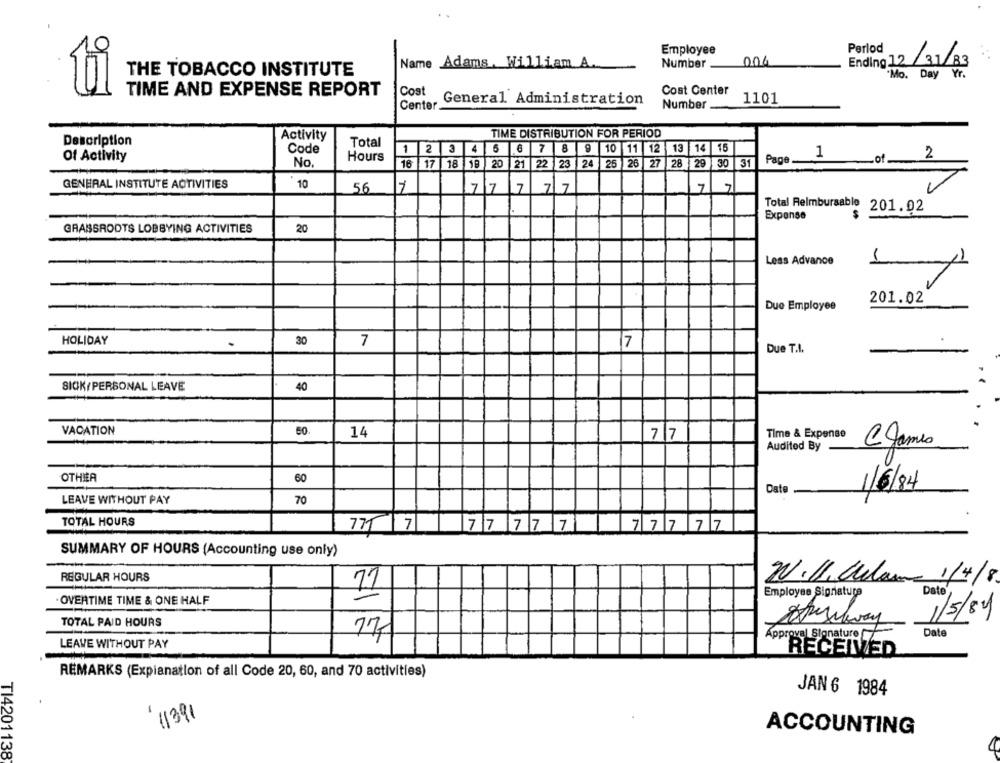
Employee
Perlod
004
Ending 12 /31/83
Name Adams, William A.
Number
THE TOBACCO INSTITUTE
Mo. Day Yr.
95
Cost
Cost Center
TIME AND EXPENSE REPORT
General Administration
1101
Center.
Number
Activity
TIME DISTRIBUTION FOR PERIOD
Description
Total
Code
1
2 3 4 5
7 8 9 10 11 12 13 14 15
1
Of Activity
Hours
Page
of
2
No,
16
17
18
18
20
21 22
23
24
25 26
27 28
1 29 ]
30
31
10
GENERAL INSTITUTE ACTIVITIES
56
1
7
7
7
7
7
7
7
Total Reimbursable 201.02
Expense
GRASSROOTS LOBBYING ACTIVITIES
20
1
Less Advance
201.02
Due Employee
HOLIDAY
30
7
7
Due T.I.
SICK/PERSONAL LEAVE
40
VACATION
50
14
Time & Expense
77
CJames
Audited By
OTHER
60
Date
1/6/84
LEAVE WITHOUT PAY
70
TOTAL HOURS
77 7
77 77 7
7 77 77
SUMMARY OF HOURS (Accounting use only)
-
REGULAR HOURS
N.11. Celame 1/4/8
71
Employee Signature
Dat
OVERTIME TIME & ONE HALF
1/5/84
TOTAL PAID HOURS
Date
77
Approval Slonature
LEAVE WITHOUT PAY
-
RECEIVED
REMARKS (Explanation of all Code 20, 60, and 70 activities)
JAN 6 1984
11391
ACCOUNTING
TI4201138